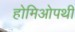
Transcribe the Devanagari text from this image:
होमिओपथी